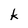
Character: k